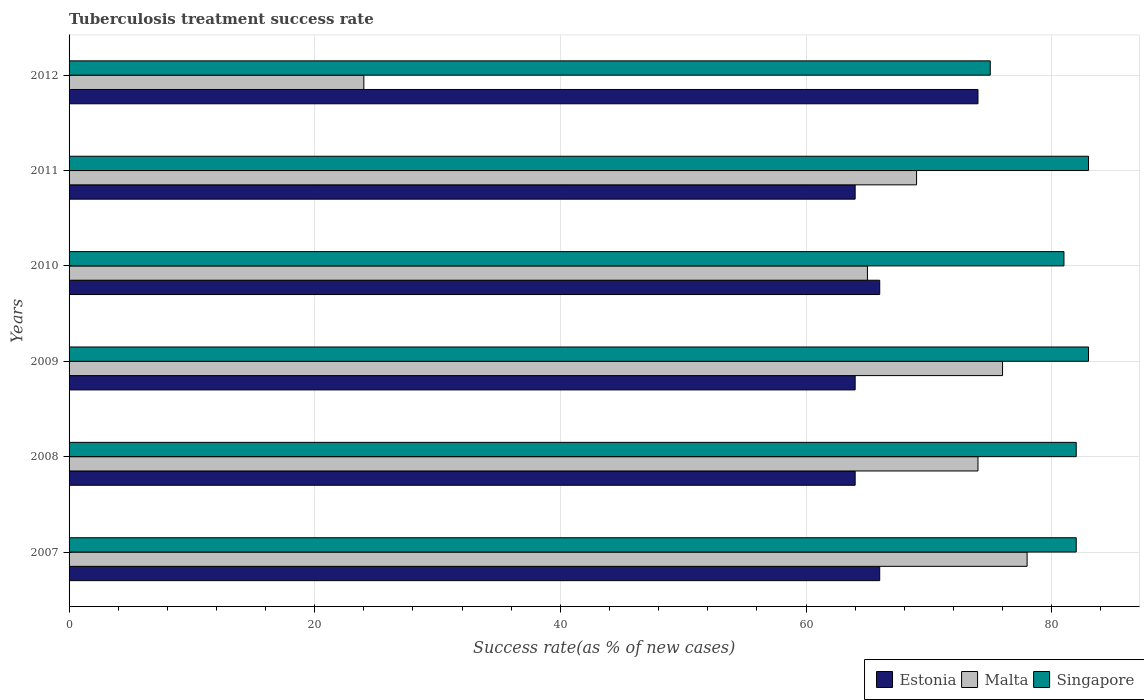
| Years | Estonia | Malta | Singapore |
 | --- | --- | --- | --- |
 | 2007 | 66 | 78 | 82 |
 | 2008 | 64 | 74 | 82 |
 | 2009 | 64 | 76 | 83 |
 | 2010 | 66 | 65 | 81 |
 | 2011 | 64 | 69 | 83 |
 | 2012 | 74 | 24 | 75 |